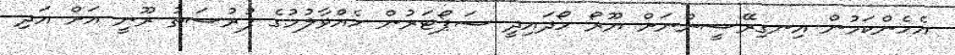
އެހެންކަމުން އިނގިރޭސީންނަށް ޔޫރޯ ހޯދައިދީ ސަޕޯޓަރުން ހެއްވާލުމުގެ ފުރުސަތު ރޫނީ އަށް އަދި